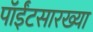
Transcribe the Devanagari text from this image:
पॉईंटसारख्या